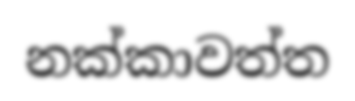
නක්කාවත්ත